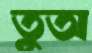
তুঅ